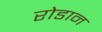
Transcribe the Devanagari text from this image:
रोडान